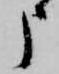
申